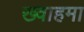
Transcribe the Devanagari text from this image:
ख्वाहमा